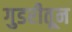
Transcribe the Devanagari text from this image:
गुडरीतून